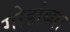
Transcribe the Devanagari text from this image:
गोडांब्या